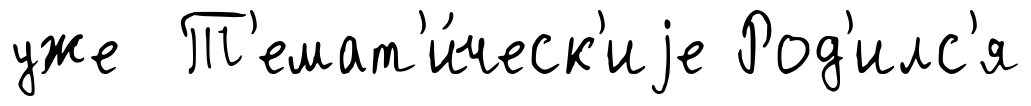
уже Т'емат'и́ческ'иjе Род'илс'я